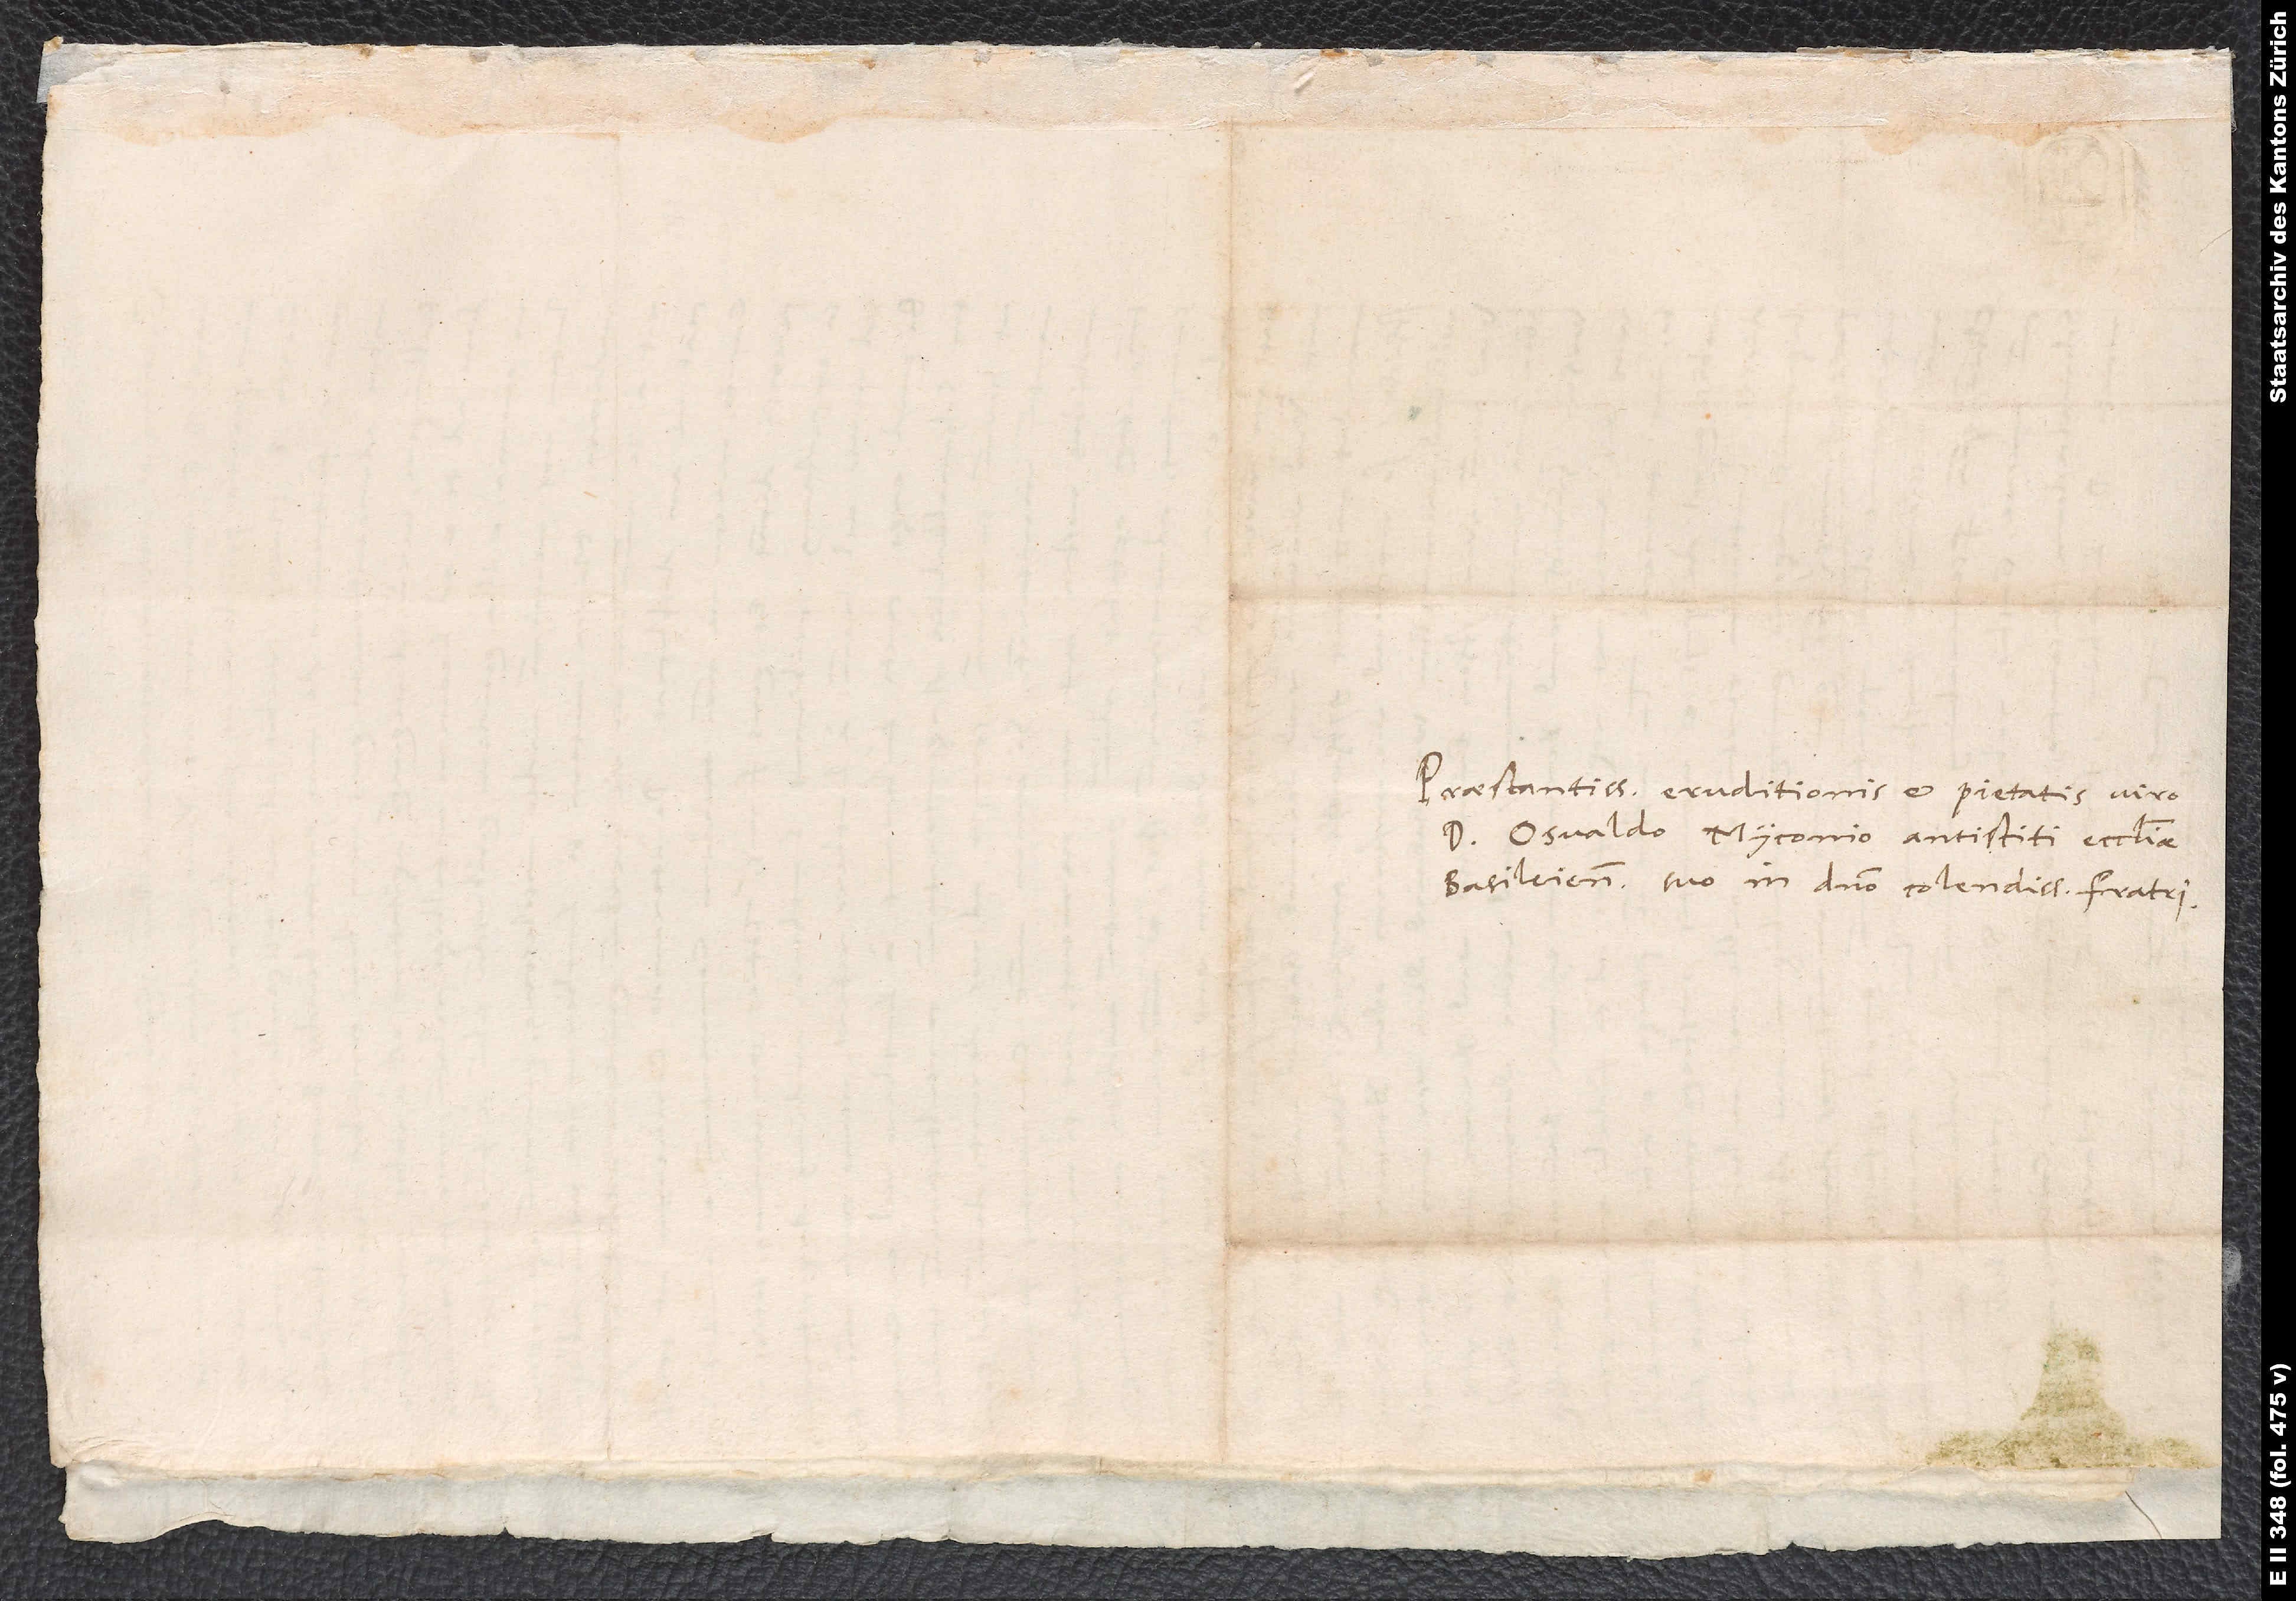
Praestantissimae eruditionis et pietatis viro
d. Osvaldo Myconio, antistiti ecclesiae
Basileiensis, suo in domino colendissimo fratri.